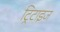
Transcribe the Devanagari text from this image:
ट्रिटाइज